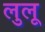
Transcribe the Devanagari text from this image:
लुलू